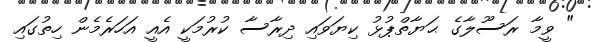
" ވީމާ ރަސޫލާގެ ޙަޔާތްޕުޅު ކިޔަވައި ދިރާސާ ކުރުމަކީ އެއީ އަހަރެމެން ހިތުގައި